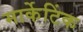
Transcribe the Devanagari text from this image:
मार्केटिंक